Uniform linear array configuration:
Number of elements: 48
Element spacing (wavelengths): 0.25
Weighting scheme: uniform
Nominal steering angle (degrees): -15
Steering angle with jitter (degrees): -14.678
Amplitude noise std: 0.05
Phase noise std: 0.05

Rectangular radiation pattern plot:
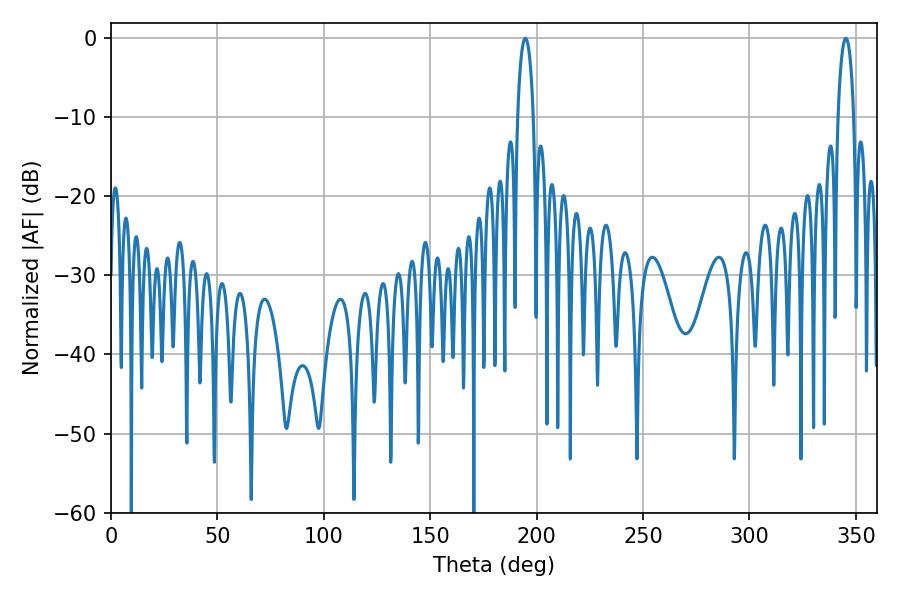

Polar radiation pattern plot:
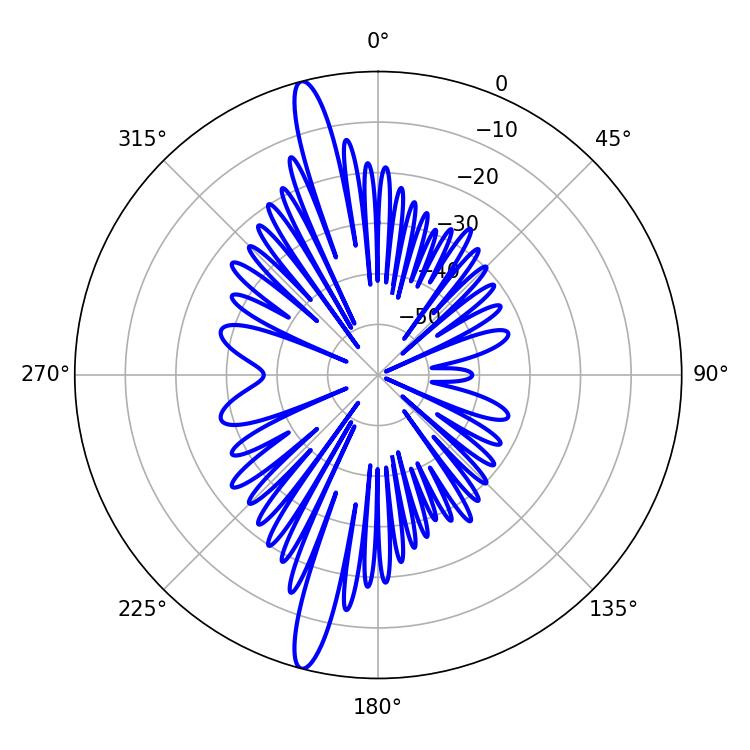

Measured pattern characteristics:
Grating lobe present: FALSE
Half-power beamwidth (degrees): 4.14
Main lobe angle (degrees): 345.24